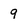
Character: 9